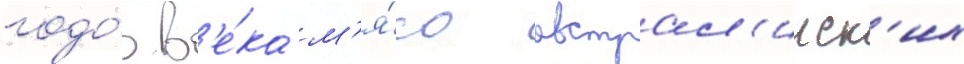
годо́в в'е́ка м'я́со австрал'ииск'их